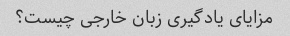
مزایای یادگیری زبان خارجی چیست؟